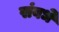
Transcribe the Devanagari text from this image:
संबधे